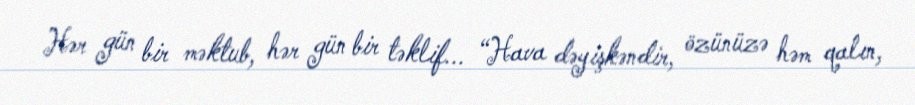
Hər gün bir məktub, hər gün bir təklif... “Hava dəyişkəndir, özünüzə həm qalın,